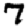
Digit: 7